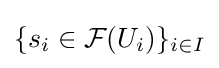
\{s_{i}\in {\mathcal {F}}(U_{i})\}_{i\in I}